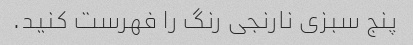
پنج سبزی نارنجی رنگ را فهرست کنید.